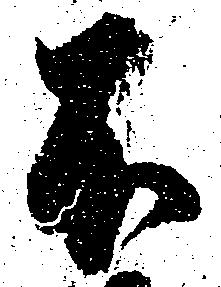
不